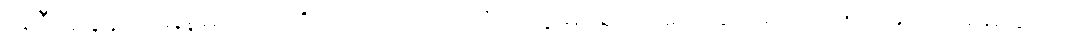
အဲဒီအချိန်ထိ မြန်မာပြည်ကို အင်္ဂလိပ်သင်္ဘောတွေ မရောက်သေးပေမယ့် ၁၇၅၂ ညောင်ရမ်းဆက်